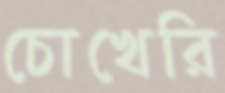
চোখেরি